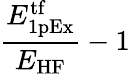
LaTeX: \frac{E_{\mathrm{1pEx}}^{\mathrm{tf}}}{E_{\mathrm{HF}}}-1